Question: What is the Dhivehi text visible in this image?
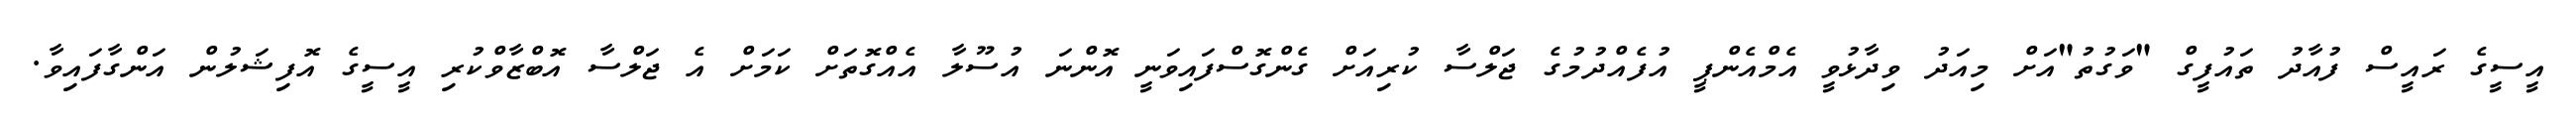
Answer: އީސީގެ ރައީސް ފުއާދު ތައުފީގް "ވަގުތު"އަށް މިއަދު ވިދާޅުވީ އެމްއެންޕީ އުފެއްދުމުގެ ޖަލްސާ ކުރިއަށް ގެންގޮސްފައިވަނީ އޮންނަ އުސޫލާ އެއްގޮތަށް ކަމަށް އެ ޖަލްސާ އޮބްޒާވްކުރި އީސީގެ އޮފިޝަލުން އަންގާފައިވާ.